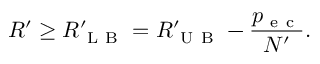
R ^ { \prime } \ge R _ { \mathrm { ~ L ~ B ~ } } ^ { \prime } = R _ { \mathrm { ~ U ~ B ~ } } ^ { \prime } - \frac { p _ { \mathrm { ~ e ~ c ~ } } } { N ^ { \prime } } .